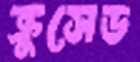
ক্রুসেড